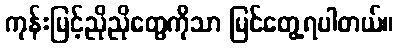
ကုန်းမြင့်ညိုညိုတွေကိုသာ မြင်တွေ့ရပါတယ်။